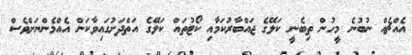
އެއްޗެއް ނުބުނެ މީހުން ތިބެނީ ކަލޭގެ ޖައްބާރުކަމާއި ކޯޓުތައް ކަލޭގެ އަތްދަށުގައިވާކަން އެއްމެންނަށްވެސް